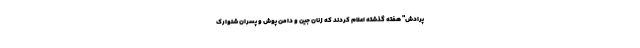
پرادش" هفته گذشته اعلام کردند که زنان جین و دامن پوش و پسران شلوارک